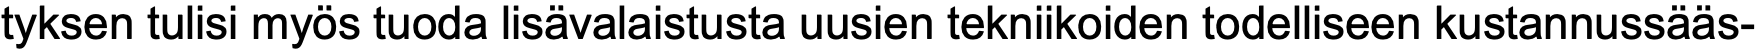
tyksen tulisi myös tuoda lisävalaistusta uusien tekniikoiden todelliseen kustannussääs-